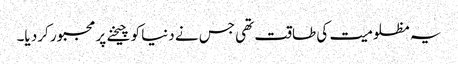
یہ مظلومیت کی طاقت تھی جس نے دنیا کو چیخنے پر مجبور کرد یا۔